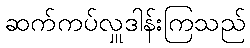
ဆက်ကပ်လှူဒါန်းကြသည်